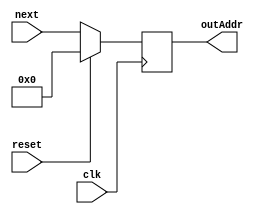
module PC(next, clk, reset, outAddr);

input clk;
input [31:0] next;
input reset;

output reg [31:0] outAddr;

always@(posedge clk) begin

if(reset) begin

outAddr = 32'b0;

end else begin

outAddr = next;

end
end

endmodule